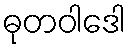
ဓုတဝါဒေါ